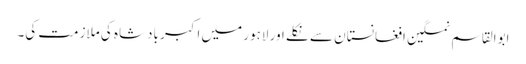
ابوالقاسم نمکین افغانستان سے نکلے اور لاہور میں اکبر بادشاہ کی ملازمت کی۔